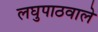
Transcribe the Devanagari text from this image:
लघुपाठवाले